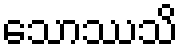
သောဿသိ